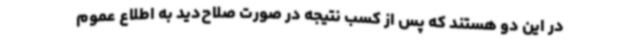
در این دو هستند که پس از کسب نتیجه در صورت صلاح‌دید به اطلاع عموم